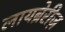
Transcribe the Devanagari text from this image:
लायब्रेरीज़